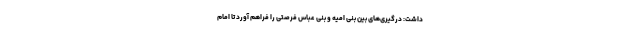
داشت: درگیری‌های بین بنی امیه و بنی عباس فرصتی را فراهم آورد تا امام